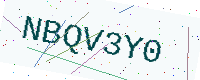
Text: NBQV3Y0